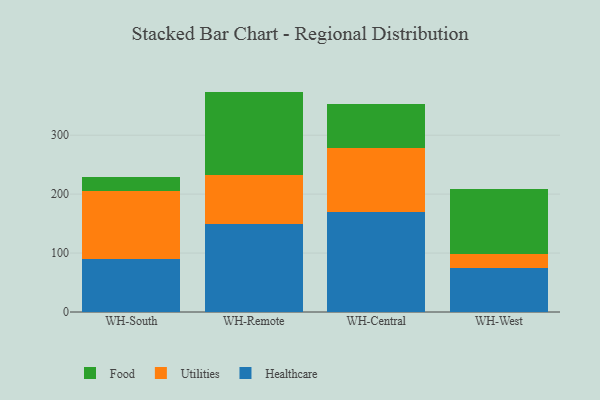
{"axis": {"x": "Warehouse", "y": "Operating Costs (USD K)"}, "legend": ["Food", "Healthcare", "Utilities"], "data": [{"x": "WH-South", "y": 90.3, "type": "Healthcare"}, {"x": "WH-South", "y": 114.2, "type": "Utilities"}, {"x": "WH-South", "y": 25.0, "type": "Food"}, {"x": "WH-Remote", "y": 148.9, "type": "Healthcare"}, {"x": "WH-Remote", "y": 84.1, "type": "Utilities"}, {"x": "WH-Remote", "y": 141.0, "type": "Food"}, {"x": "WH-Central", "y": 169.9, "type": "Healthcare"}, {"x": "WH-Central", "y": 107.8, "type": "Utilities"}, {"x": "WH-Central", "y": 75.7, "type": "Food"}, {"x": "WH-West", "y": 75.1, "type": "Healthcare"}, {"x": "WH-West", "y": 22.5, "type": "Utilities"}, {"x": "WH-West", "y": 111.7, "type": "Food"}]}